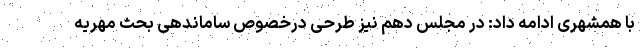
با همشهری ادامه داد: در مجلس دهم نیز طرحی درخصوص ساماندهی بحث مهریه